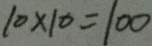
1 0 \times 1 0 = 1 0 0